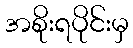
အစိုးရပိုင်းမှ